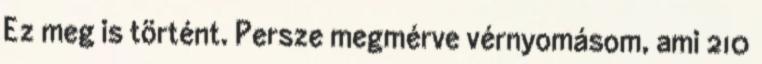
Ez meg is történt. Persze megmérve vérnyomásom, ami 210